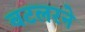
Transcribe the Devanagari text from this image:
बटलरने